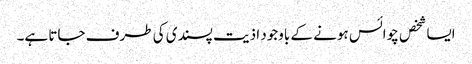
ایسا شخص چوائس ہونے کے باوجود اذیت پسندی کی طرف جاتا ہے۔